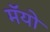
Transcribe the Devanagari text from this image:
मॅयो